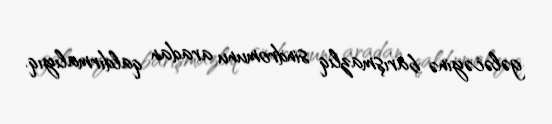
gələcəyinə barışmazlıq sindromunu aradan qaldırmalıyıq.